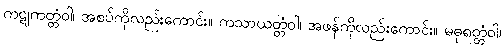
ကဋုကတ္တံဝါ၊ အစပ်ကိုလည်းကောင်း။ ကသာယတ္တံဝါ၊ အဖန်ကိုလည်းကောင်း။ မဓုရတ္တံဝါ၊